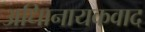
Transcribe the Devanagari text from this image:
अधिानायकवाद